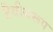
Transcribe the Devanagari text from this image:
जैवीयरूप